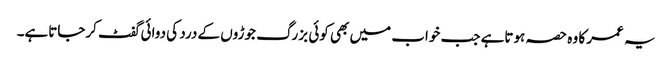
یہ عمر کا وہ حصہ ہوتاہے جب خواب میں بھی کوئی بزرگ جوڑوں کے درد کی دوائی گفٹ کرجاتاہے۔